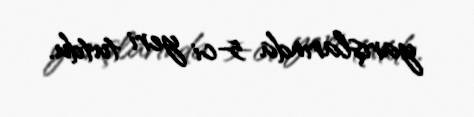
yarışlarında 5-ci yeri tutdu.